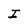
Character: I